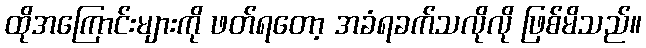
ထိုအကြောင်းများကို ဖတ်ရတော့ အခံရခက်သလိုလို ဖြစ်မိသည်။